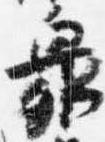
衆